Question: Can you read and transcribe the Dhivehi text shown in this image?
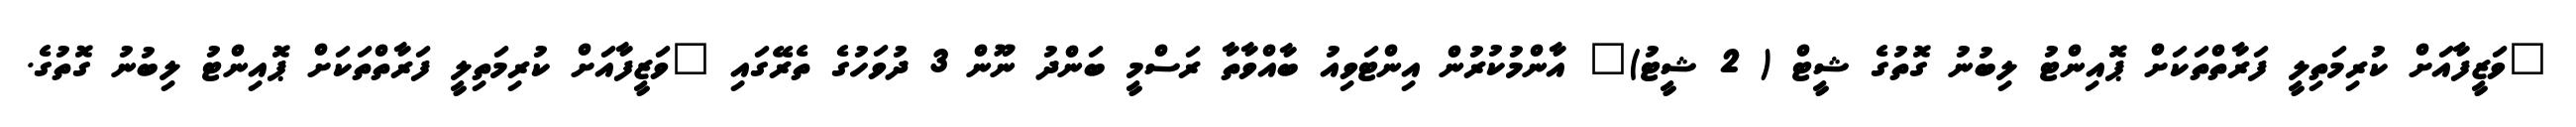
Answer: "ވަޒީފާއަށް ކުރިމަތިލީ ފަރާތްތަކަށް ޕޮއިންޓު ލިބުނު ގޮތުގެ ޝީޓް ( 2 ޝީޓު)" އާންމުކުރުން އިންޓަވިއު ބާއްވާތާ ރަސްމީ ބަންދު ނޫން 3 ދުވަހުގެ ތެރޭގައި "ވަޒީފާއަށް ކުރިމަތިލީ ފަރާތްތަކަށް ޕޮއިންޓު ލިބުނު ގޮތުގެ.